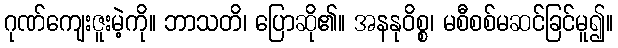
ဂုဏ်ကျေးဇူးမဲ့ကို။ ဘာသတိ၊ ပြောဆို၏။ အနနုဝိစ္စ၊ မစီစစ်မဆင်ခြင်မူ၍။